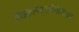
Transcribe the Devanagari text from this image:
हाइड्रोफ्लोरोकार्बन